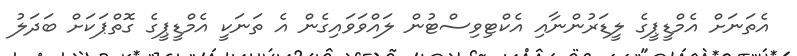
އެތަނަށް އެމްޑީޕީގެ ލީޑަރުންނާއި އެކްޓިވިސްޓުން ލައްވަވައިގެން އެ ތަނަކީ އެމްޑީޕީގެ ގޮތްޕަކަށް ބަދަލު